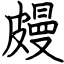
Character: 㿸